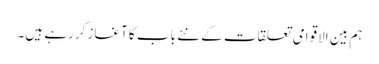
ہم بین الاقوامی تعلقات کے نئے باب کا آغاز کررہے ہیں۔